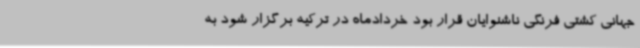
جهانی کشتی فرنگی ناشنوایان قرار بود خردادماه در ترکیه برگزار شود به